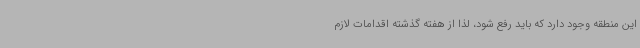
این منطقه وجود دارد که باید رفع شود، لذا از هفته گذشته اقدامات لازم